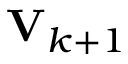
\mathbf { V } _ { k + 1 }